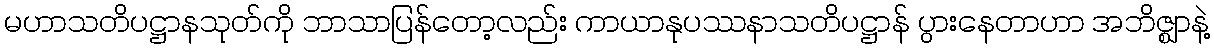
မဟာသတိပဋ္ဌာနသုတ်ကို ဘာသာပြန်တော့လည်း ကာယာနုပဿနာသတိပဋ္ဌာန် ပွားနေတာဟာ အဘိဇ္ဈာနဲ့